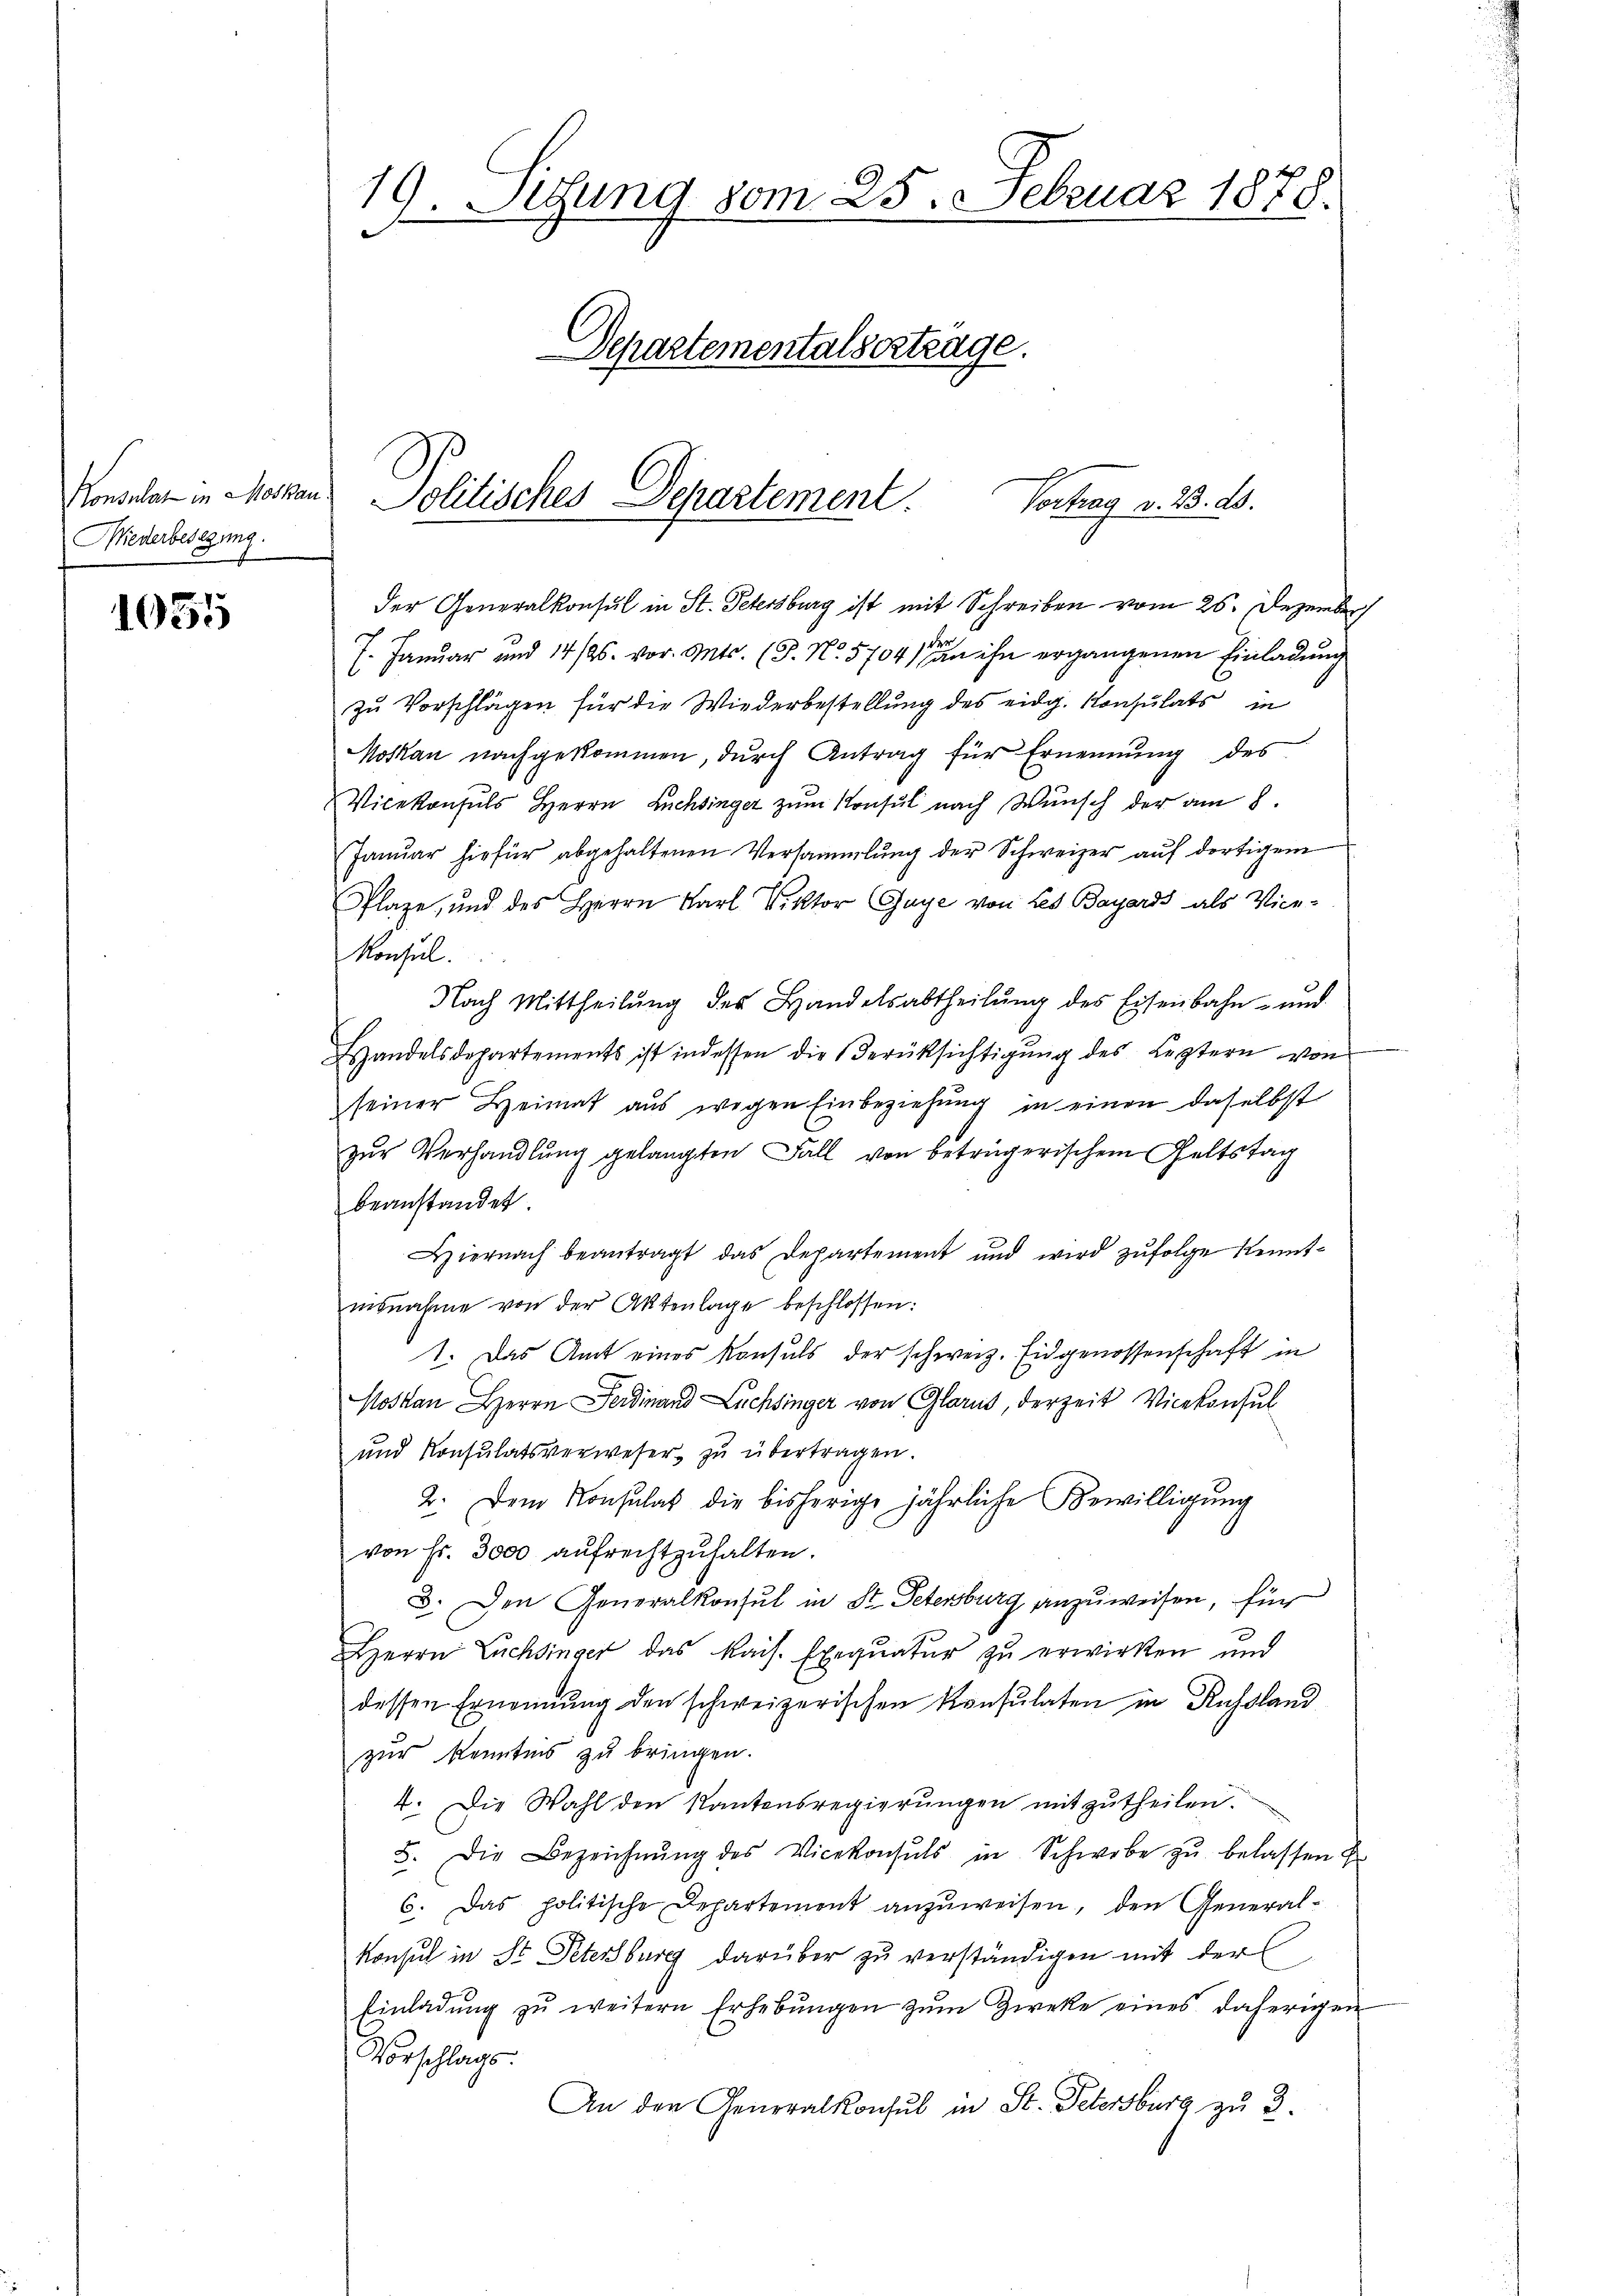
Konsulat in Moskau
Miederbesezung.

1055

9. Setzung vom 25. Februar 1878.
Departementalschtrage.

der Generalkonsul in St. Petersburg ist mit Schreiben vom 25. Dezember
7
(. Januar und 14/26. vor. Mts. (T. No. 5704 an ihn ergangenen Einladung
zu Vorschlägen für die Wiederbestellung des eidg. Konsulats in
Moskau nachgekommen, durch Antrag für Ernennung des
Vicekonsuls Herrn Lachsinger zum Konsul nach Wunsch der am 8.
Janŭar hiefür abgehaltenen Versammlung der Schweizer auf dortigem
Plaze, und des Herrn Karl Viktor (Gaye von Les Bayards als Vice-
Monsul
Nach Mittheilŭng des Handelsabtheilŭng des Eisenbahn- und
Handelsdepartements ist indessen die Berüksichtigung des Leztern von
seiner Heimat aus wegen Einbeziehung in einen daselbst
zur Verhandlung gelangten Fall von beträgerischem Geltstag
beanstandet.
Hiernach beantragt das Departement und wird zŭfolge Kenntisnahme von der Aktenlage beschlossen:
1. Das Amt eines Konsuls der schweiz. Eidgenossenschaft in
Moskau Herrn Ferdinand Lachsinger von Glarus, derzeit Vicekonsul
und Konsulatsverweser zu übertragen.
2. Dem Konsulat die bisherige jährliche Bewilligung
von Fr. 3000 aŭfrechtzuhalten.
3. Den Generalkonsul in St. Petersburg anzuweisen, für
Herrn Lachsinger das kais. Exequatur zu erwirken und
dessen Ernennung den schweizerischen Konsulaten in Russland
zur Kenntnis zu bringen.
4. Die Wahl den Kantonsregierungen mitzutheilen.
5. Die Bezeichnŭng des Vicekonsuls in Schwebe zŭ belassen u
6. Das politische Departement anzŭweisen, den General-
Konsul in St. Petersburg darüber zu verständigen mit der
Einladŭng zŭ weitern Erhebŭngen zŭm Zweke eines daherigen
Vorschlags.
An den Generalkonsul in St. Petersburg zu 3.

Politisches Departement.
Vertrag v. 23. ds.